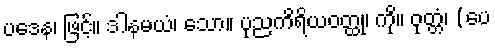
ပဒေန၊ ဖြင့်။ ဒါနမယံ၊ သော။ ပုညကိရိယဝတ္ထု၊ ကို။ ဝုတ္တံ၊ (ပေ